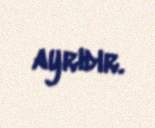
ayrıdır.